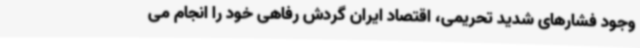
وجود فشارهای شدید تحریمی، اقتصاد ایران گردش رفاهی خود را انجام می